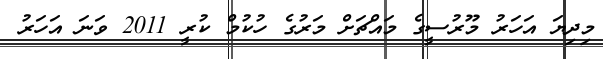
މިދިޔަ އަހަރު މޫރުސީގެ މައްޗަށް މަރުގެ ހުކުމް ކުރީ 2011 ވަނަ އަހަރު